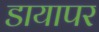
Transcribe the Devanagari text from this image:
डायापर